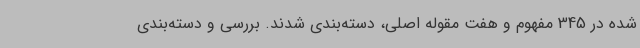
شده در 345 مفهوم و هفت مقوله اصلی، دسته‌بندی شدند. بررسی و دسته‌بندی